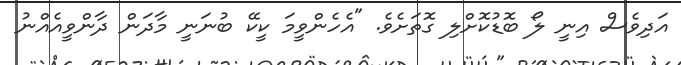
އަދިވެސް އިނީ ލޯ ބޮޑުކޮށްލި ގޮތަށެވެ. "އެހެންވީމަ ކީކޭ ބުނަނީ މާދަން ދާންވީއެއްނު